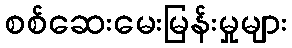
စစ်ဆေးမေးမြန်းမှုများ